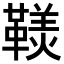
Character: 𩌣